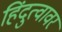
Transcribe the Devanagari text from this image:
हिंदुत्वावर